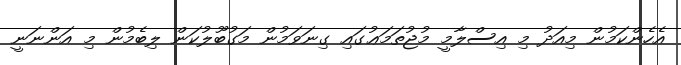
އެހެންކަމުން މިއަދު މި އިސްލާމީ މުޖުތަމަޢުގައި ގިނަވަމުން މަގުބޫލުކަން ލިބެމުން މި އަންނަނީ